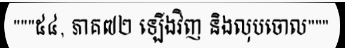
"""៥៤, ភាគ៧២ ឡើងវិញ និងលុបចោល"""